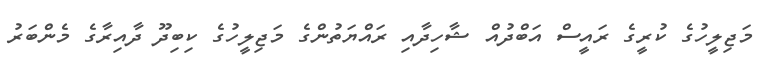
މަޖިލީހުގެ ކުރީގެ ރައީސް އަބްދުއް ޝާހިދާއި ރައްޔަތުންގެ މަޖިލީހުގެ ކިބިދޫ ދާއިރާގެ މެންބަރު